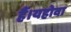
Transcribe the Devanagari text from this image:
हैं।यहोवा